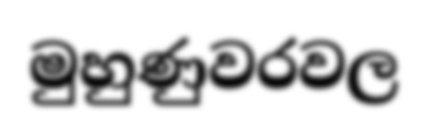
මුහුණුවරවල